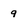
Character: 9